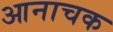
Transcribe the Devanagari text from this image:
आनाचक